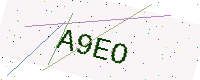
Text: A9EO